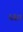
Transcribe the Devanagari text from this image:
५६।।